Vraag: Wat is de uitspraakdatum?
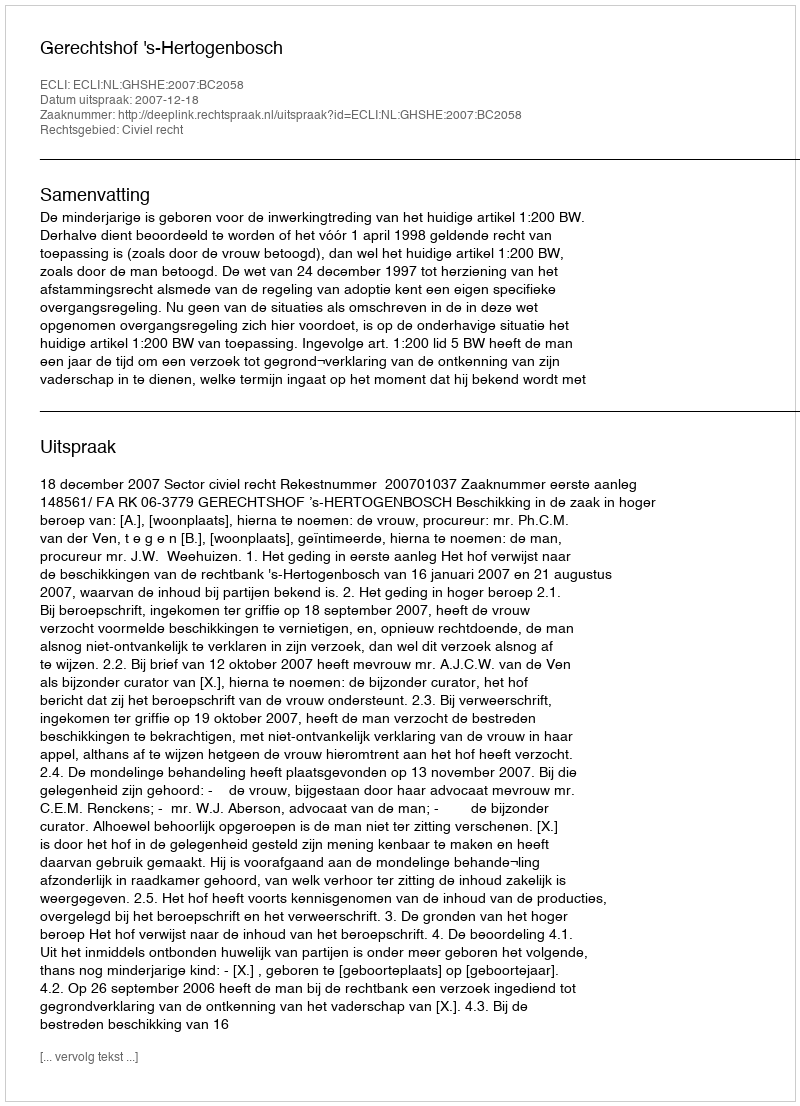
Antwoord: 2007-12-18